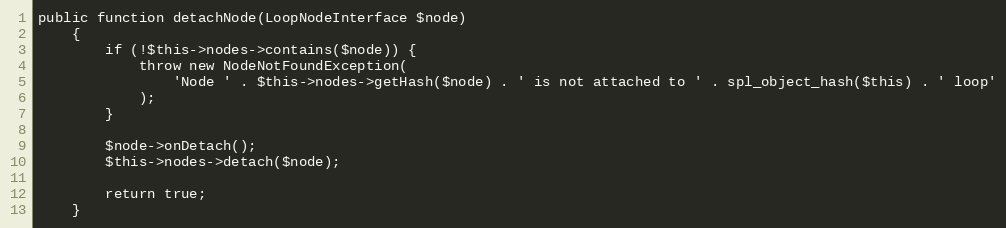
Language: PHP
public function detachNode(LoopNodeInterface $node)
    {
        if (!$this->nodes->contains($node)) {
            throw new NodeNotFoundException(
                'Node ' . $this->nodes->getHash($node) . ' is not attached to ' . spl_object_hash($this) . ' loop'
            );
        }

        $node->onDetach();
        $this->nodes->detach($node);

        return true;
    }